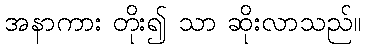
အနာကား တိုး၍ သာ ဆိုးလာသည်။